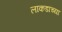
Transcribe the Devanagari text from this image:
लाकडांच्या